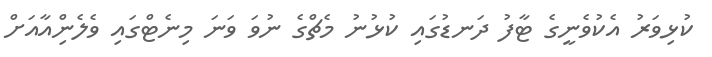
ކުޅިވަރު އެކުވެނީގެ ޓާފު ދަނޑުގައި ކުޅުނު މެޗްގެ ނުވަ ވަނަ މިނެޓްގައި ވެލެންިއާއަށް